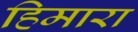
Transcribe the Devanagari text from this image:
हिमारा